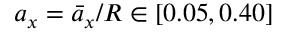
a _ { x } = \bar { a } _ { x } / R \in [ 0 . 0 5 , 0 . 4 0 ]